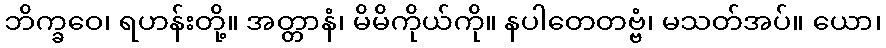
ဘိက္ခဝေ၊ ရဟန်းတို့။ အတ္တာနံ၊ မိမိကိုယ်ကို။ နပါတေတဗ္ဗံ၊ မသတ်အပ်။ ယော၊